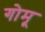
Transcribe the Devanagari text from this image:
गोमू